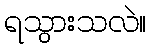
ရသွားသလဲ။